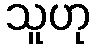
သူဟု